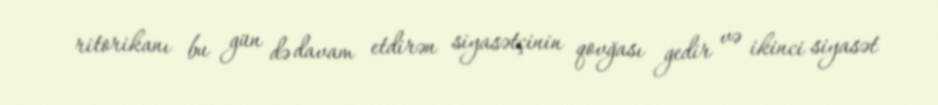
ritorikanı bu gün də davam etdirən siyasətçinin qovğası gedir və ikinci siyasət